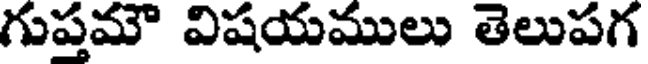
గుప్తమౌ విషయములు తెలుపగ